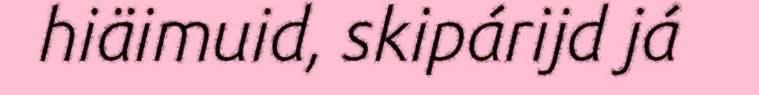
hiäimuid, skipárijd já